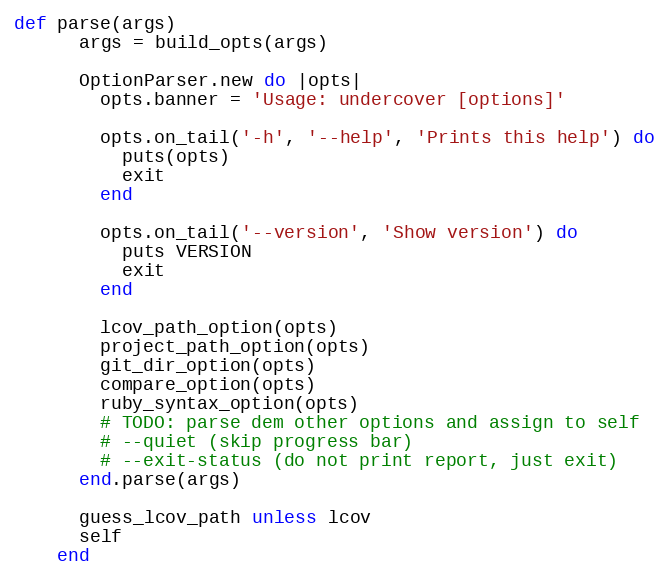
Language: Ruby
def parse(args)
      args = build_opts(args)

      OptionParser.new do |opts|
        opts.banner = 'Usage: undercover [options]'

        opts.on_tail('-h', '--help', 'Prints this help') do
          puts(opts)
          exit
        end

        opts.on_tail('--version', 'Show version') do
          puts VERSION
          exit
        end

        lcov_path_option(opts)
        project_path_option(opts)
        git_dir_option(opts)
        compare_option(opts)
        ruby_syntax_option(opts)
        # TODO: parse dem other options and assign to self
        # --quiet (skip progress bar)
        # --exit-status (do not print report, just exit)
      end.parse(args)

      guess_lcov_path unless lcov
      self
    end